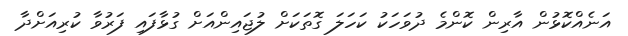
އަނެއްކޮޅުން އާރިން ކޮންމެ ދުވަހަކު ކަހަލަ ގޮތަކަށް ލުޖައިންއަށް ގުޅާފައި ފަރުވާ ކުރިއަށްދާ